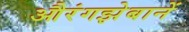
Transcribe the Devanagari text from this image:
औरंगझेबानें